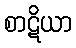
စာဋိယာ